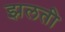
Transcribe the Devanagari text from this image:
झलती